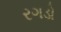
રગડો